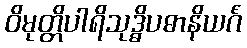
ဝိမုတ္တိပါရိသုဒ္ဓိပဓာနိယင်္ဂံ